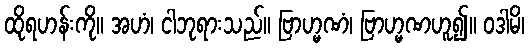
ထိုရဟန်းကို။ အဟံ၊ ငါဘုရားသည်။ ဗြာဟ္မဏံ၊ ဗြာဟ္မဏဟူ၍။ ဝဒါမိ၊